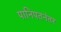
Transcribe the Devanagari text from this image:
पानिपतनंतर